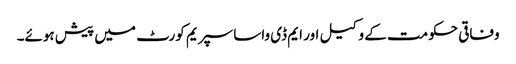
وفاقی حکومت کے وکیل اور ایم ڈی واسا سپریم کورٹ میں پیش ہوئے۔